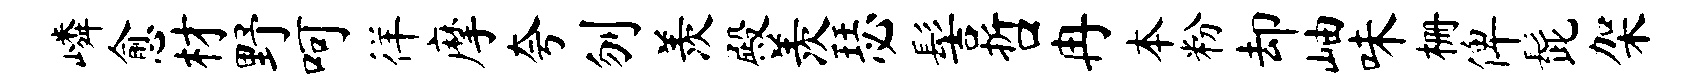
嶙愈材野呵徉摩夸刎羡殿羡瑟髻哲冉本粉却岫味栅俾髭架